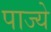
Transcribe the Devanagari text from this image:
पाज्ये